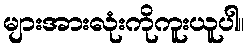
များအားလုံးကိုကူးယူပါ။